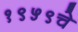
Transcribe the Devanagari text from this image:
१९५९चे